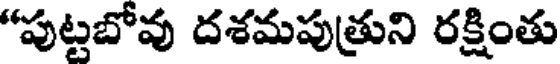
"పుట్టబోవు దశమపుత్రుని రక్షింతు